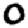
Digit: 0